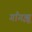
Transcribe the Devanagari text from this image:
गाँगझू